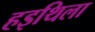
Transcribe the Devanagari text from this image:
हइथिला